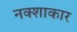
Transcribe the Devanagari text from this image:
नक्शाकार